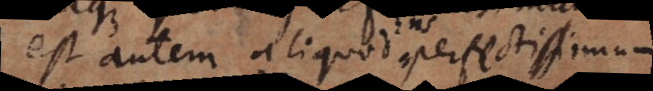
Est autem aliquod perfectissimum